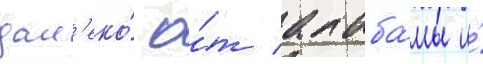
дал'еко́ о́т алаба́мы и́